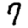
Digit: 7